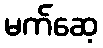
မက်ဆေ့